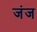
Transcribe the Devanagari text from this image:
जंज